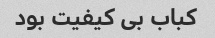
کباب بی کیفیت بود